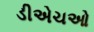
ડીએચઓ